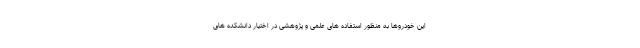
این خودروها به منظور استفاده های علمی و پژوهشی در اختیار دانشکده های